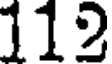
112